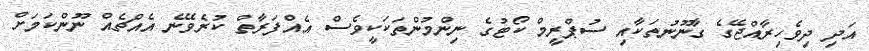
އަދި ދިވެހިރާއްޖޭގެ ގާނޫނުތަކާއި ސުޕްރީމް ކޯޓުގެ ނިންމުންތަކަކީވެސް އެއްފަރާތް ކުރެވޭނެ އެއްޗެއް ނޫންކަމަށް